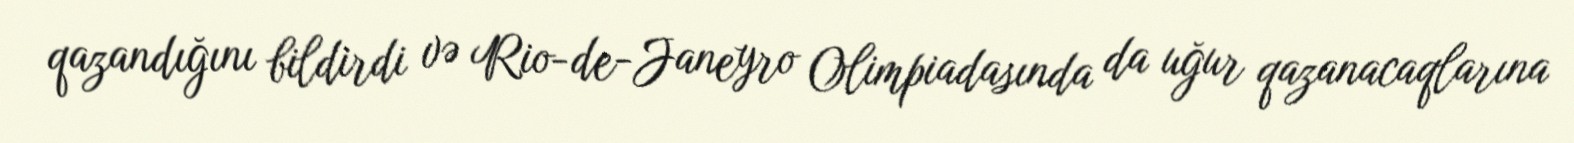
qazandığını bildirdi və Rio-de-Janeyro Olimpiadasında da uğur qazanacaqlarına